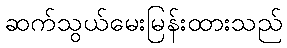
ဆက်သွယ်မေးမြန်းထားသည်